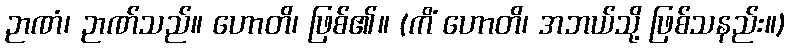
ဉာဏံ၊ ဉာဏ်သည်။ ဟောတိ၊ ဖြစ်၏။ (ကိံ ဟောတိ၊ အဘယ်သို့ ဖြစ်သနည်း။)